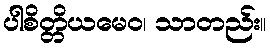
ပါစိတ္တိယမေဝ၊ သာတည်း။